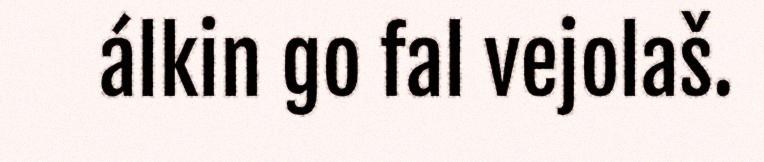
álkin go fal vejolaš.